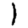
Digit: 1